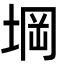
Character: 堈